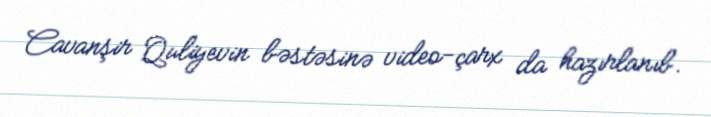
Cavanşir Quliyevin bəstəsinə video-çarx da hazırlanıb.